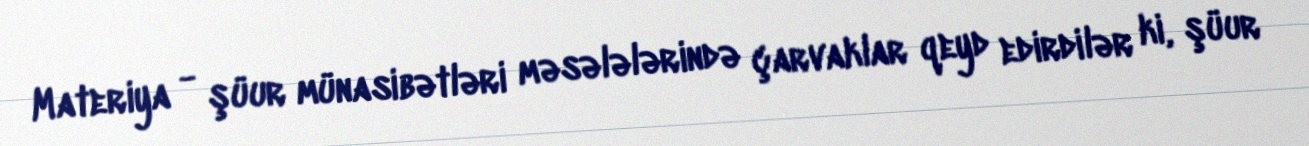
Materiya - şüur münasibətləri məsələlərində çarvaklar qeyd edirdilər ki, şüur